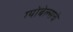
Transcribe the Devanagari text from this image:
ग्योबेल्सचे